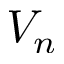
V _ { n }